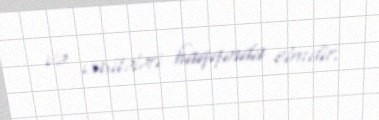
və vasitələri haqqında elmdir.